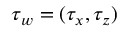
{ \boldsymbol \tau _ { w } } = ( \tau _ { x } , \tau _ { z } )